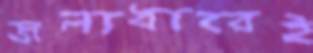
জলাধারেই